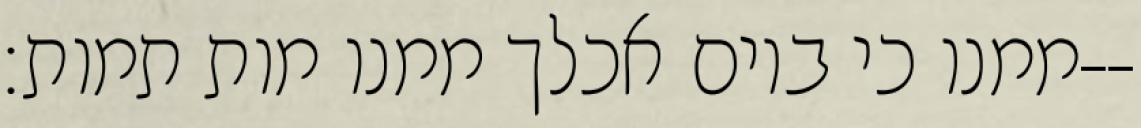
ממנו כי ביום אכלך ממנו מות תמות׃--